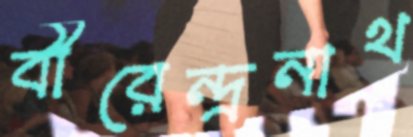
বীরেন্দ্রনাথ